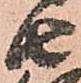
由